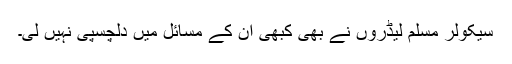
سیکولر مسلم لیڈروں نے بھی کبھی ان کے مسائل میں دلچسپی نہیں لی۔